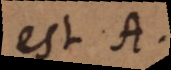
est A.